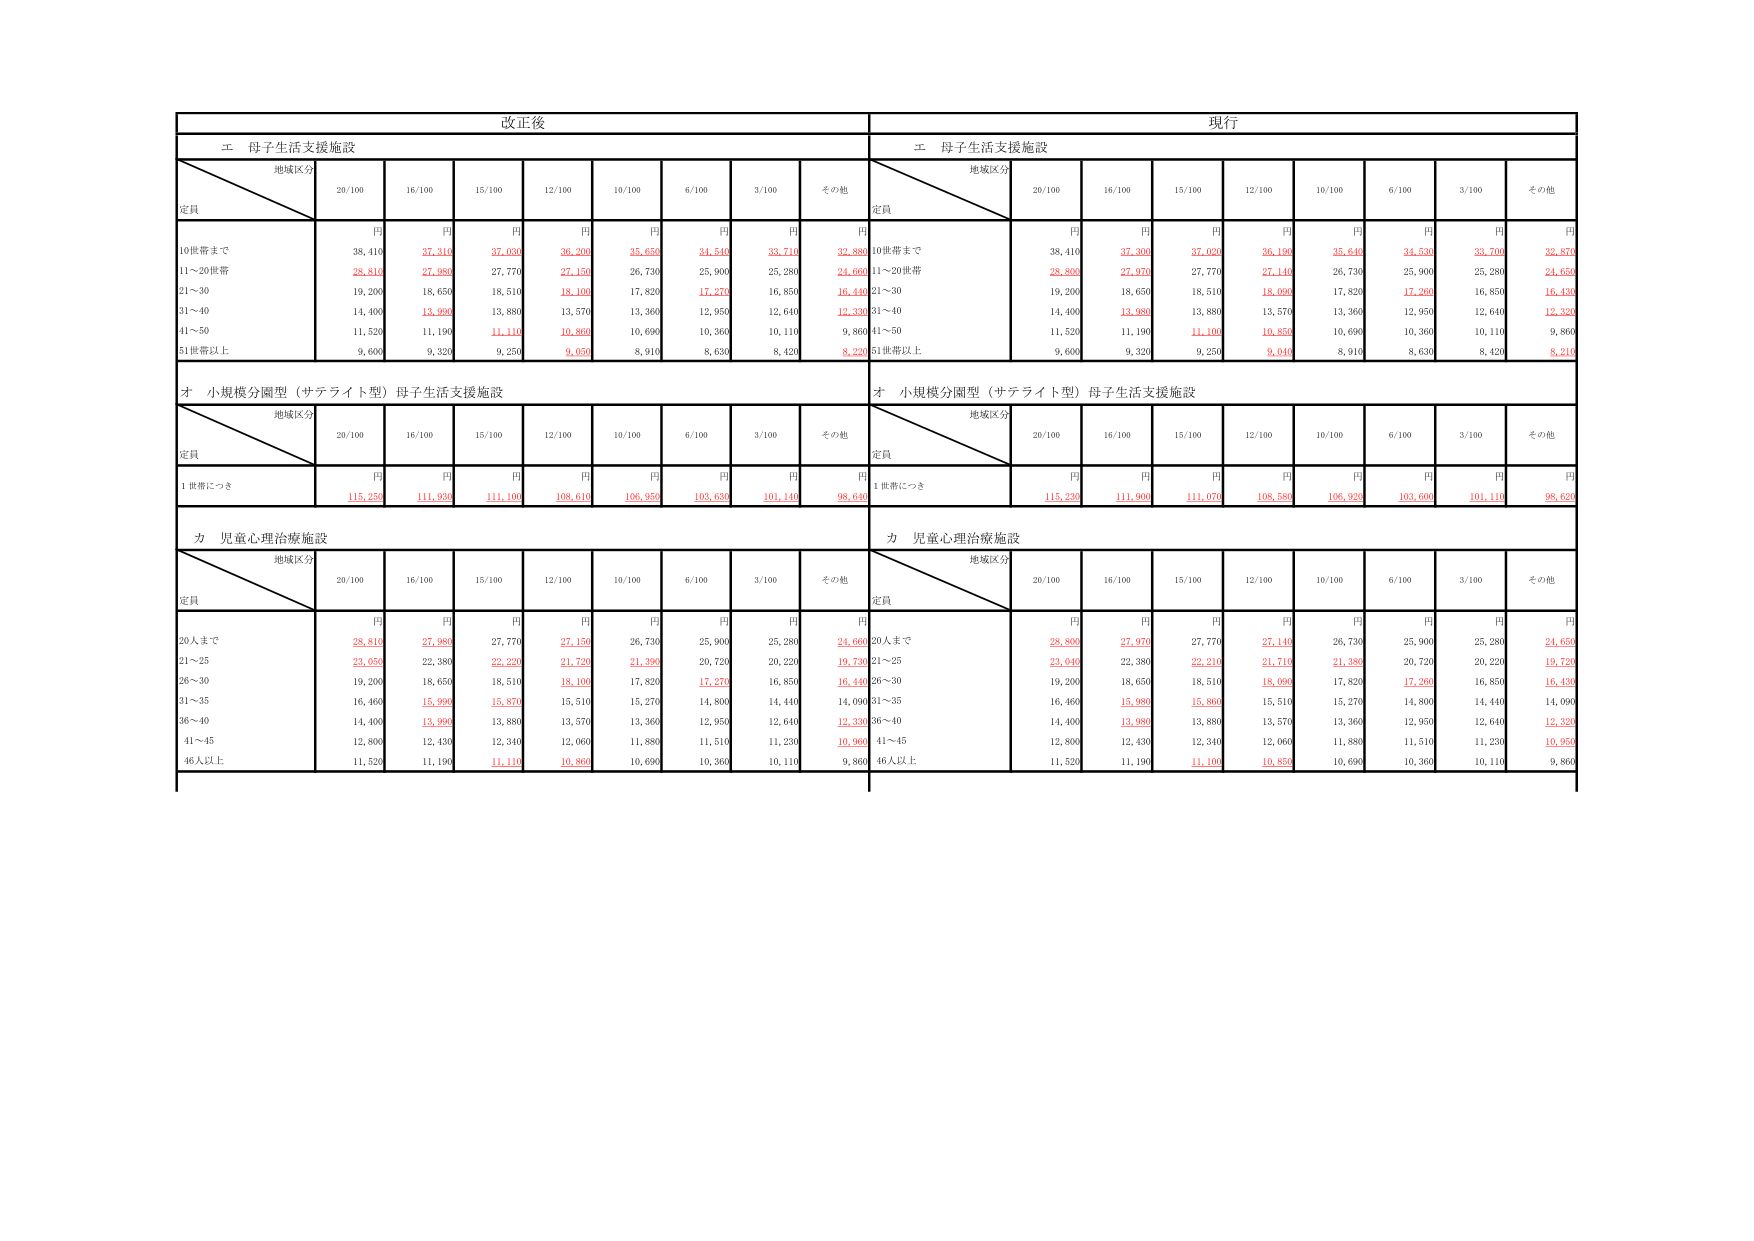
改正後
現行
エ 母子生活支援施設
エ 母子生活支援施設
地域区分
定員
20/100
16/100
15/100
12/100
10/100
6/100
3/100
その他
地域区分
定員
20/100
16/100
15/100
12/100
10/100
6/100
3/100
その他
円
円
円
円
円
円
円
円
円
円
円
円
円
円
円
円
円
円
10世帯まで
38,410
37,310
37,030
36,200
35,650
34,540
33,710
32,890
10世帯まで
38,410
37,300
37,020
36,190
35,640
34,530
33,700
32,870
11～20世帯
28,810
27,980
27,770
27,150
26,730
25,900
25,280
24,660
11～20世帯
28,800
27,970
27,770
27,140
26,730
25,900
25,280
24,650
21～30
19,200
18,650
18,510
18,100
17,820
17,270
16,850
16,440
21～30
19,200
18,650
18,510
18,090
17,820
17,260
16,850
16,430
31～40
14,400
13,990
13,880
13,570
13,360
12,950
12,640
12,330
31～40
14,400
13,980
13,880
13,570
13,360
12,950
12,640
12,320
41～50
11,520
11,190
11,110
10,860
10,690
10,360
10,110
9,860
41～50
11,520
11,190
11,100
10,850
10,690
10,360
10,110
9,860
51世帯以上
9,600
9,320
9,250
9,050
8,910
8,630
8,420
8,220
51世帯以上
9,600
9,320
9,250
9,040
8,910
8,630
8,420
8,210
オ 小規模分園型（サテライト型）母子生活支援施設
オ 小規模分園型（サテライト型）母子生活支援施設
地域区分
定員
20/100
16/100
15/100
12/100
10/100
6/100
3/100
その他
地域区分
定員
20/100
16/100
15/100
12/100
10/100
6/100
3/100
その他
円
円
円
円
円
円
円
円
円
円
円
円
円
円
円
円
円
円
1世帯につき
115,250
111,930
111,100
108,610
106,950
103,630
101,140
98,640
1世帯につき
115,230
111,900
111,070
108,580
106,920
103,600
101,110
98,620
カ 児童心理治療施設
カ 児童心理治療施設
地域区分
定員
20/100
16/100
15/100
12/100
10/100
6/100
3/100
その他
地域区分
定員
20/100
16/100
15/100
12/100
10/100
6/100
3/100
その他
円
円
円
円
円
円
円
円
円
円
円
円
円
円
円
円
円
円
20人まで
28,810
27,980
27,770
27,150
26,730
25,900
25,280
24,660
20人まで
28,800
27,970
27,770
27,140
26,730
25,900
25,280
24,650
21～25
23,050
22,380
22,220
21,720
21,390
20,720
20,220
19,730
21～25
23,040
22,380
22,210
21,710
21,380
20,720
20,220
19,720
26～30
19,200
18,650
18,510
18,100
17,820
17,270
16,850
16,440
26～30
19,200
18,650
18,510
18,090
17,820
17,260
16,850
16,430
31～35
16,460
15,990
15,870
15,510
15,270
14,800
14,440
14,090
31～35
16,460
15,980
15,860
15,510
15,270
14,800
14,440
14,090
36～40
14,400
13,990
13,880
13,570
13,360
12,950
12,640
12,330
36～40
14,400
13,980
13,880
13,570
13,360
12,950
12,640
12,320
41～45
12,800
12,430
12,340
12,060
11,880
11,510
11,230
10,960
41～45
12,800
12,430
12,340
12,060
11,880
11,510
11,230
10,950
46人以上
11,520
11,190
11,110
10,860
10,690
10,360
10,110
9,860
46人以上
11,520
11,190
11,100
10,850
10,690
10,360
10,110
9,860